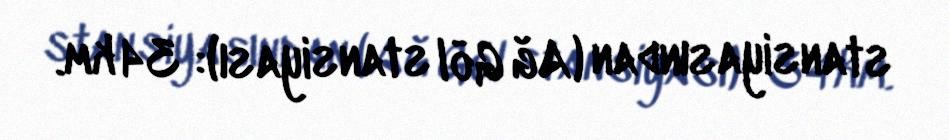
stansiyasından (Ağ Göl stansiyası): 34 km.